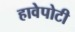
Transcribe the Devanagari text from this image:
हावेपोटी